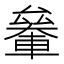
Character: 𰹞